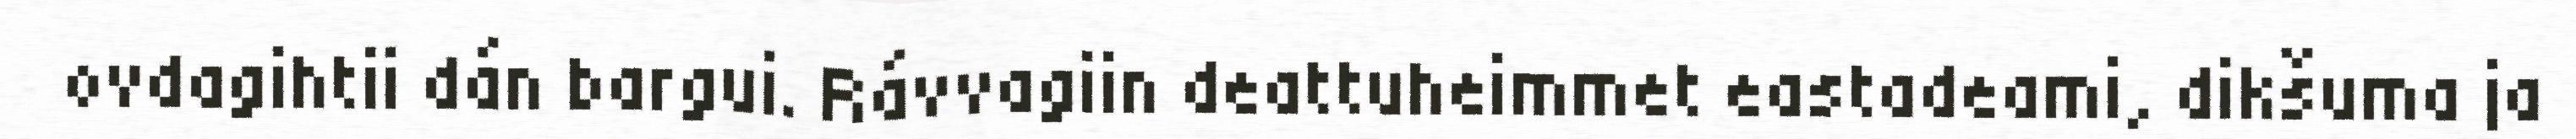
ovdagihtii dán bargui. Rávvagiin deattuheimmet eastadeami, dikšuma ja